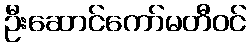
ဦးဆောင်ကော်မတီဝင်